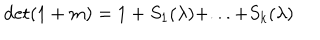
LaTeX: \det ( 1 + m ) = 1 + S _ { 1 } ( \lambda ) + . . . + S _ { k } ( \lambda )